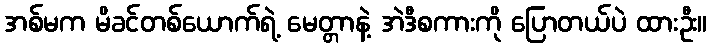
အစ်မက မိခင်တစ်ယောက်ရဲ့ မေတ္တာနဲ့ အဲဒီစကားကို ပြောတယ်ပဲ ထားဦး။